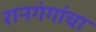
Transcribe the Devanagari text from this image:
रानगंगांचा